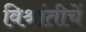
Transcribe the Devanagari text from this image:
विश्रांतीचें